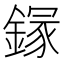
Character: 䥂